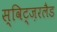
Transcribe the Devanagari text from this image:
स्विट्ज़रलैड